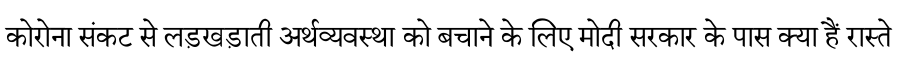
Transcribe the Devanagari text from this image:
कोरोना संकट से लड़खड़ाती अर्थव्यवस्था को बचाने के लिए मोदी सरकार के पास क्या हैं रास्ते